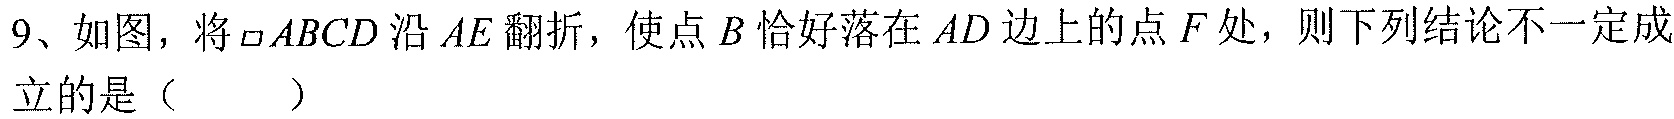
9、如图，将\(\parallelogram ABCD\)沿\(AE\)翻折，使点\(B\)恰好落在\(AD\)边上的点\(F\)处，则下列结论不一定成立的是（  ）